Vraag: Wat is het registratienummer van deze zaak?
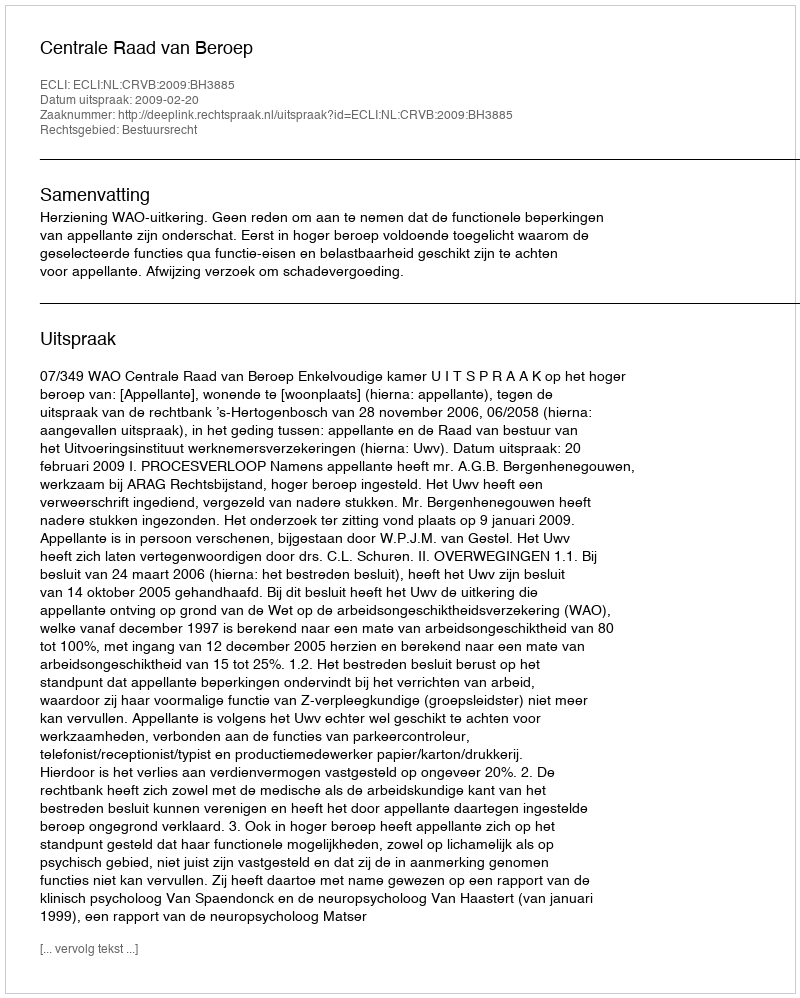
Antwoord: http://deeplink.rechtspraak.nl/uitspraak?id=ECLI:NL:CRVB:2009:BH3885